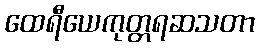
ထေရီယေကုတ္တရဆသတာ